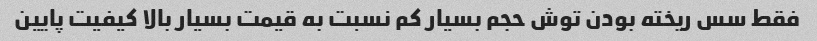
فقط سس ریخته بودن توش حجم بسیار کم نسبت به قیمت بسیار بالا کیفیت پایین